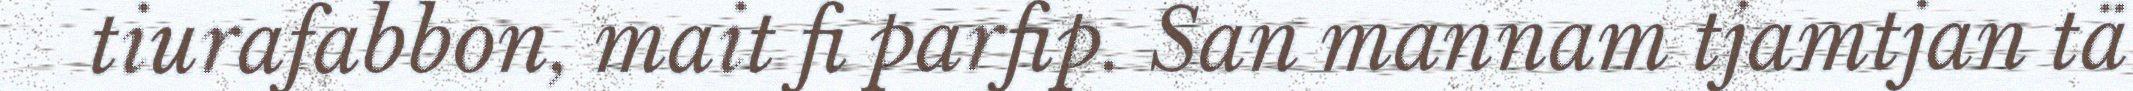
tiurafabbon, mait fi parfip. San mannam tjamtjan tä